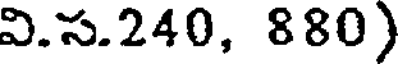
వి.స.240, 880)